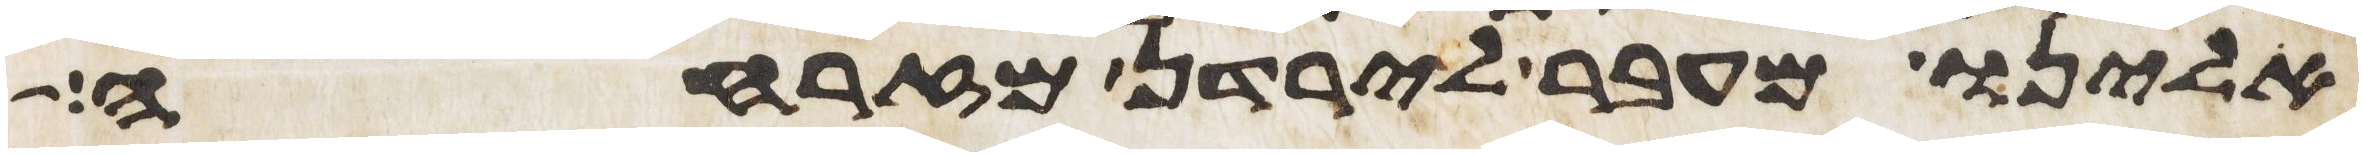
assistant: אלינו מעבר לירדן מזרחה